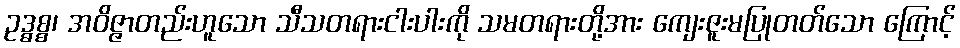
ဥဒ္ဓစ္စ၊ အဝိဇ္ဇာတည်းဟူသော သီသတရားငါးပါးကို သမတရားတို့အား ကျေးဇူးမပြုတတ်သော ကြောင့်